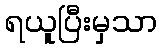
ရယူပြီးမှသာ